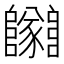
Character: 𨽡